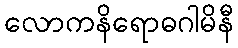
လောကနိရောဓဂါမိနီ